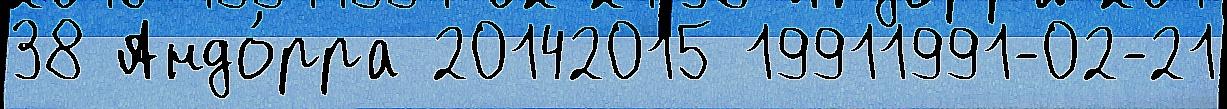
38 Андо́рра 20142015 19911991-02-21